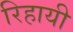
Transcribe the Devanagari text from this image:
रिहायी